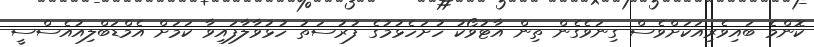
ކޮންމެ ބައިވެރިއަކަށްވެސް ގިނަވެގެން ތިން އާޓުވޯކު ހުށަހެޅުމުގެ ފުރުސަތު ހުޅުވާލާފައިވާ ކަމަށް އެމްޑަބްލިއުއެސްސީ